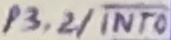
Text: P3.2/INT0